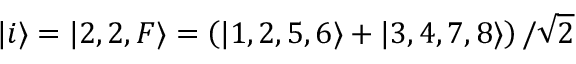
| i \rangle = | 2 , 2 , F \rangle = \left( | 1 , 2 , 5 , 6 \rangle + | 3 , 4 , 7 , 8 \rangle \right) / \sqrt { 2 }